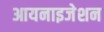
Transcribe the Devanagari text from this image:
आयनाइजेशन